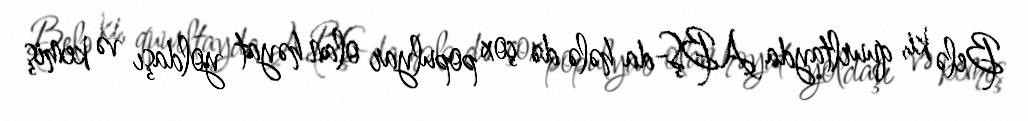
Belə ki, quurltayda ABŞ-da hələ də çox populyar olan həyat yoldaşı və kemiş